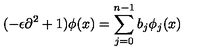
( - \epsilon \partial ^ { 2 } + 1 ) \phi ( x ) = \sum _ { j = 0 } ^ { n - 1 } b _ { j } \phi _ { j } ( x )